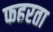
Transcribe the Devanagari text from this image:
फहरता